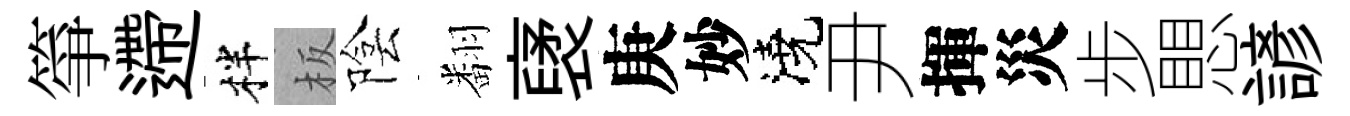
箏遰柈板陰翻裦庚妙澆尹揮災步愳諺